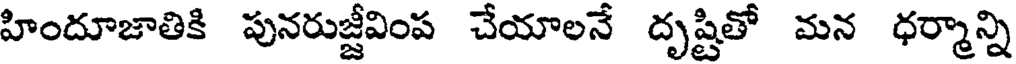
హిందూజాతికి పునరుజ్జీవింప చేయాలనే దృష్టితో మన ధర్మాన్ని